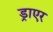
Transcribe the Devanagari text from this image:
ड्राएर